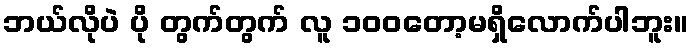
ဘယ်လိုပဲ ပို တွက်တွက် လူ ၁၀၀တော့မရှိလောက်ပါဘူး။